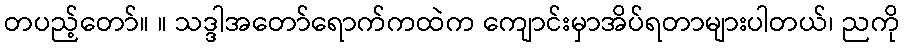
တပည့်တော်။ ။ သဒ္ဒါအတော်ရောက်ကထဲက ကျောင်းမှာအိပ်ရတာများပါတယ်၊ ညကို